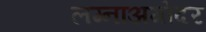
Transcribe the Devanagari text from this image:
लग्नाअगोदर